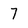
Character: 7